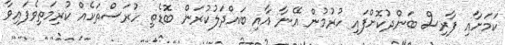
ކަމަށާއި ފާރިސް ބަންދުކޮށްފައި ހުރުމުން އޭނާ އާއި ބައްދަލުކުރަން ބޮޑެތި ހުރަސްތަކެއް ކުރިމަތިވެފައިވާ